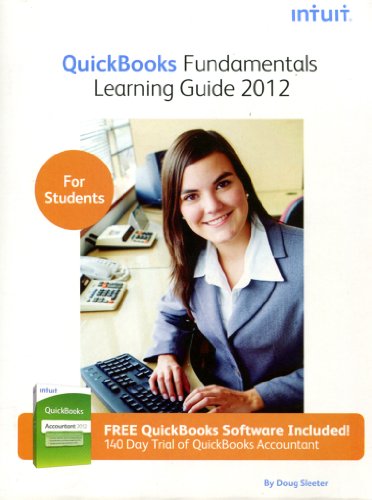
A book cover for QuickBooks Fundamentals Learning Guide 2012 for Quickbooks Pro and Premier Version 2012; Doug Sleeter; Computers & Technology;